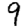
Digit: 9